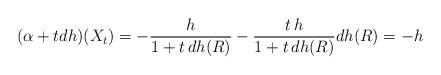
LaTeX: \begin{align*}(\alpha + t d h )(X_t) = - \frac{h}{1 + t \, dh(R)} - \frac{t\, h}{1 + t \, dh(R)} dh(R) = - h\end{align*}